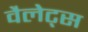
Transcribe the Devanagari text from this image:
वैलेट्स